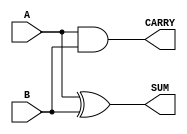
module half_adder #(
    parameter WIDTH = 1  // Parameter to set the bit width of inputs A and B
) (
    input  [WIDTH-1:0] A,  // Input A
    input  [WIDTH-1:0] B,  // Input B
    output [WIDTH-1:0] SUM, // Output SUM
    output [WIDTH-1:0] CARRY // Output CARRY
);

    // Calculate SUM using bitwise XOR for the least significant bits
    assign SUM = A ^ B;

    // Calculate CARRY using bitwise AND for the least significant bits
    assign CARRY = A & B;

endmodule